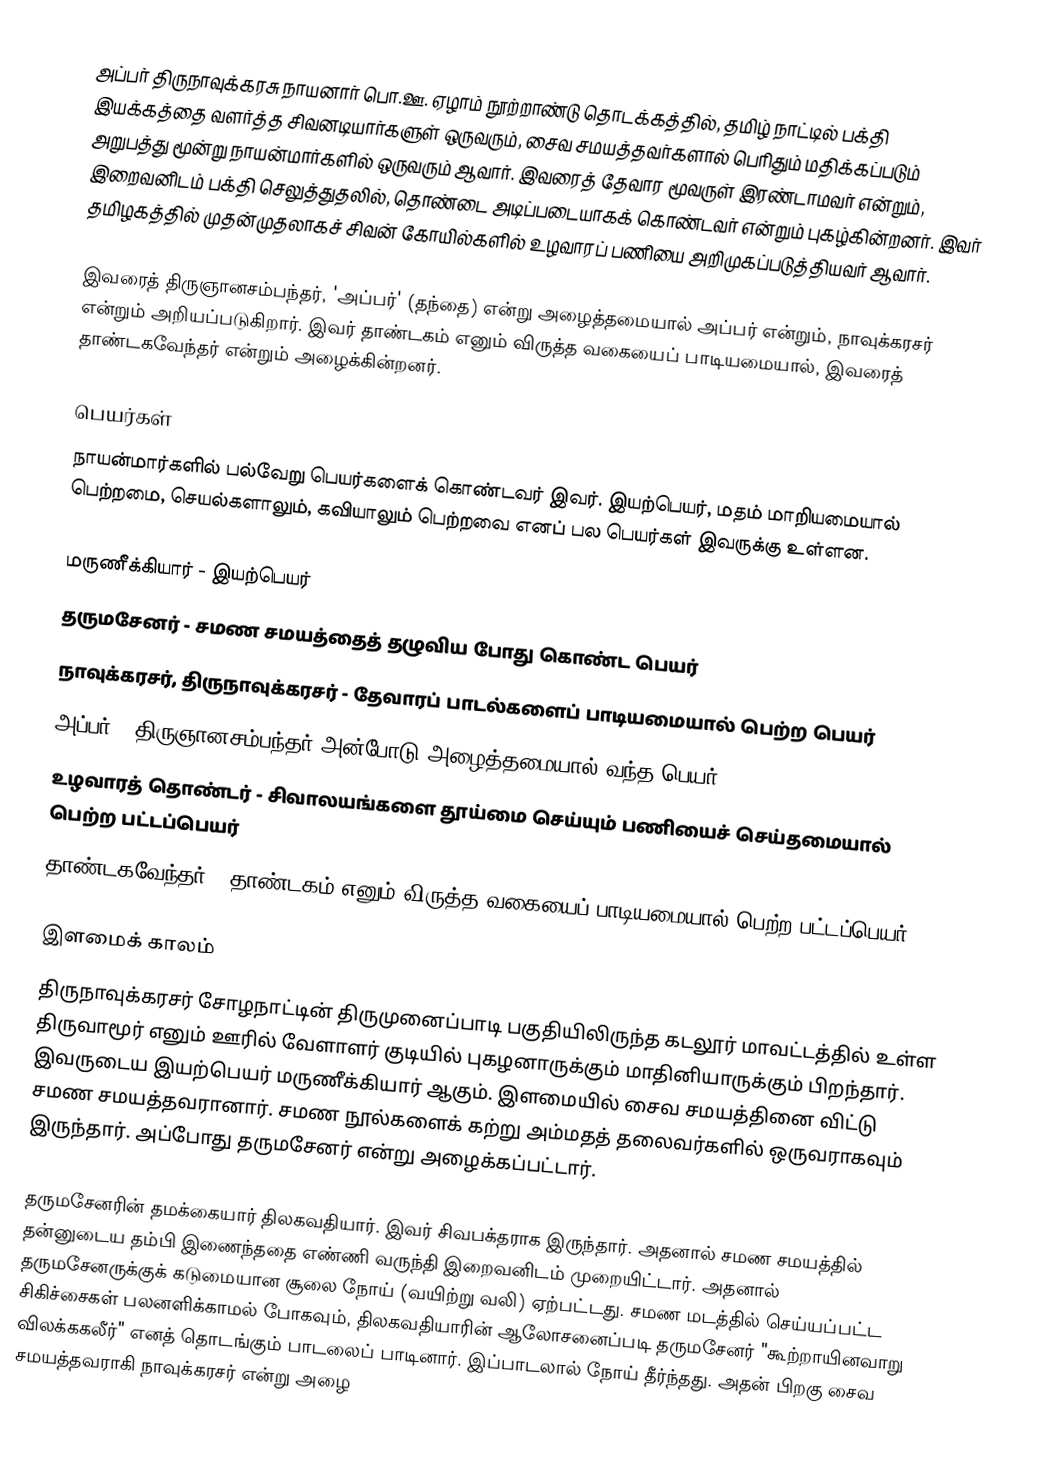
அப்பர் திருநாவுக்கரசு நாயனார் பொ.ஊ. ஏழாம் நூற்றாண்டு தொடக்கத்தில், தமிழ் நாட்டில் பக்தி இயக்கத்தை வளர்த்த சிவனடியார்களுள் ஒருவரும், சைவ சமயத்தவர்களால் பெரிதும் மதிக்கப்படும் அறுபத்து மூன்று நாயன்மார்களில் ஒருவரும் ஆவார். இவரைத் தேவார மூவருள் இரண்டாமவர் என்றும், இறைவனிடம் பக்தி செலுத்துதலில், தொண்டை அடிப்படையாகக் கொண்டவர் என்றும் புகழ்கின்றனர். இவர் தமிழகத்தில் முதன்முதலாகச் சிவன் கோயில்களில் உழவாரப் பணியை அறிமுகப்படுத்தியவர் ஆவார்.

இவரைத் திருஞானசம்பந்தர், 'அப்பர்' (தந்தை) என்று அழைத்தமையால் அப்பர் என்றும், நாவுக்கரசர் என்றும் அறியப்படுகிறார். இவர் தாண்டகம் எனும் விருத்த வகையைப் பாடியமையால், இவரைத் தாண்டகவேந்தர் என்றும் அழைக்கின்றனர்.

பெயர்கள்
நாயன்மார்களில் பல்வேறு பெயர்களைக் கொண்டவர் இவர். இயற்பெயர், மதம் மாறியமையால் பெற்றமை, செயல்களாலும், கவியாலும் பெற்றவை எனப் பல பெயர்கள் இவருக்கு உள்ளன.

 மருணீக்கியார் - இயற்பெயர்
 தருமசேனர் - சமண சமயத்தைத் தழுவிய போது கொண்ட பெயர்
 நாவுக்கரசர், திருநாவுக்கரசர் - தேவாரப் பாடல்களைப் பாடியமையால் பெற்ற பெயர்
 அப்பர் - திருஞானசம்பந்தர் அன்போடு அழைத்தமையால் வந்த பெயர்
 உழவாரத் தொண்டர் - சிவாலயங்களை தூய்மை செய்யும் பணியைச் செய்தமையால் பெற்ற பட்டப்பெயர்
 தாண்டகவேந்தர் - தாண்டகம் எனும் விருத்த வகையைப் பாடியமையால் பெற்ற பட்டப்பெயர்

இளமைக் காலம்
திருநாவுக்கரசர் சோழநாட்டின் திருமுனைப்பாடி பகுதியிலிருந்த கடலூர் மாவட்டத்தில் உள்ள  திருவாமூர் எனும் ஊரில் வேளாளர் குடியில் புகழனாருக்கும் மாதினியாருக்கும் பிறந்தார். இவருடைய இயற்பெயர் மருணீக்கியார் ஆகும். இளமையில் சைவ சமயத்தினை விட்டு சமண சமயத்தவரானார். சமண நூல்களைக் கற்று அம்மதத் தலைவர்களில் ஒருவராகவும் இருந்தார். அப்போது தருமசேனர் என்று அழைக்கப்பட்டார்.

தருமசேனரின் தமக்கையார் திலகவதியார். இவர் சிவபக்தராக இருந்தார். அதனால் சமண சமயத்தில் தன்னுடைய தம்பி இணைந்ததை எண்ணி வருந்தி இறைவனிடம் முறையிட்டார். அதனால் தருமசேனருக்குக் கடுமையான சூலை நோய் (வயிற்று வலி) ஏற்பட்டது. சமண மடத்தில் செய்யப்பட்ட சிகிச்சைகள் பலனளிக்காமல் போகவும், திலகவதியாரின் ஆலோசனைப்படி தருமசேனர் "கூற்றாயினவாறு விலக்ககலீர்" எனத் தொடங்கும் பாடலைப் பாடினார். இப்பாடலால் நோய் தீர்ந்தது. அதன் பிறகு சைவ சமயத்தவராகி நாவுக்கரசர் என்று அழை